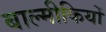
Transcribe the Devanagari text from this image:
बाल्मीकियों